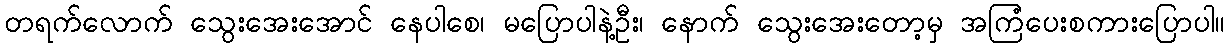
တရက်လောက် သွေးအေးအောင် နေပါစေ၊ မပြောပါနဲ့ဦး၊ နောက် သွေးအေးတော့မှ အကြံပေးစကားပြောပါ။